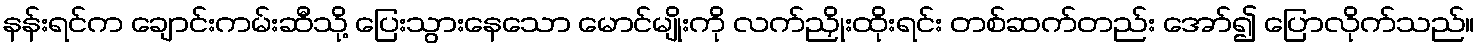
နန်းရင်က ချောင်းကမ်းဆီသို့ ပြေးသွားနေသော မောင်မျိုးကို လက်ညှိုးထိုးရင်း တစ်ဆက်တည်း အော်၍ ပြောလိုက်သည်။